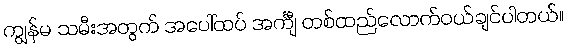
ကျွန်မ သမီးအတွက် အပေါ်ထပ် အင်္ကျီ တစ်ထည်လောက်ဝယ်ချင်ပါတယ်။